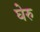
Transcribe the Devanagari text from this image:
घेरु